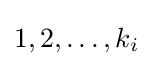
1,2,\ldots ,k_{i}